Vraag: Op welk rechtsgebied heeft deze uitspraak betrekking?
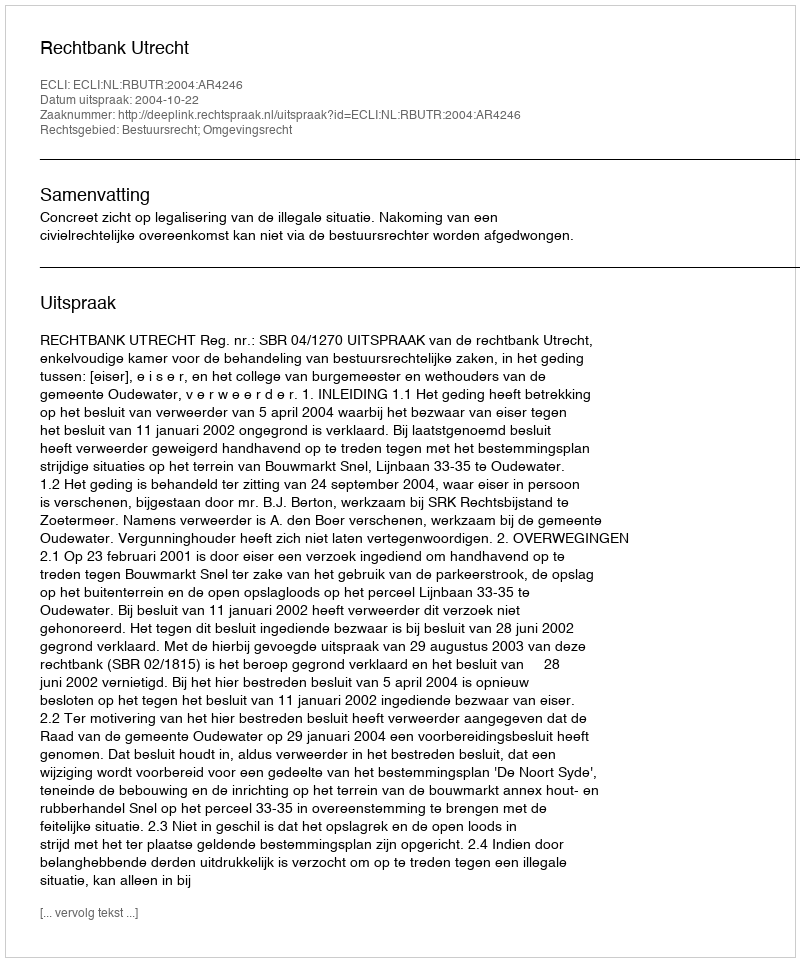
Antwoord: Bestuursrecht; Omgevingsrecht